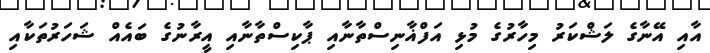
އާއި އޭނާގެ ލަޝްކަރު މިހާރުގެ މުޅި އަފްޣާނިސްތާނާއި ޕާކިސްތާނާއިި އީރާނުގެ ބައެއް ޝަހަރުތަކާއި